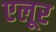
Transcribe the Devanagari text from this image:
एलूर